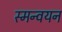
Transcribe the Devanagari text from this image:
स्मन्वयन